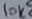
Text: 10K